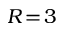
R \! = \! 3